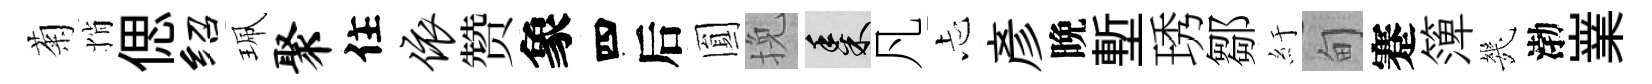
菊悄偲绍珮聚住依赞象四后圎挽黍凡忐彥晩塹琇鄒紆甸蹇𥱼㡬渤嶪